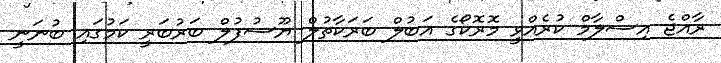
ރާއްޖެ އިސްލާމް ކުރެއްވީ މޮރޮކޯގެ އަބުލް ބަރަކާތުލް ޔޫސުފުލް ބަރުބަރީ ކަމުގައި ބުނަނީ